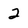
Character: 2